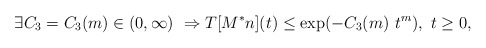
\begin{align*} \exists C_3 = C_3(m) \in (0,\infty) \ \Rightarrow T[M^*n](t) \le \exp(- C_3(m) \ t^m), \ t \ge 0,\end{align*}